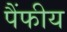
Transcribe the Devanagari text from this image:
पैंफीय